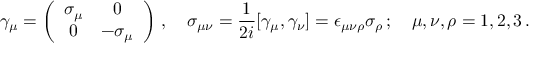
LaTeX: \gamma _ { \mu } = \left( \begin{array} { c c } { { \sigma _ { \mu } } } & { { 0 } } \\ { { 0 } } & { { - \sigma _ { \mu } } } \end{array} \right) \, , \quad \sigma _ { \mu \nu } = { \frac { 1 } { 2 i } } [ \gamma _ { \mu } , \gamma _ { \nu } ] = \epsilon _ { \mu \nu \rho } \sigma _ { \rho } \, ; \quad \mu , \nu , \rho = 1 , 2 , 3 \, .